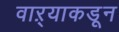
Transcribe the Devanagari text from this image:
वाऱ्याकडून